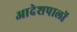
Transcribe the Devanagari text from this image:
आदेशपालों